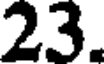
23.